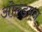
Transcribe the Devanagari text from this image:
ओल्डमन